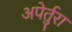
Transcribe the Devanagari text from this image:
अपेर्तुरा